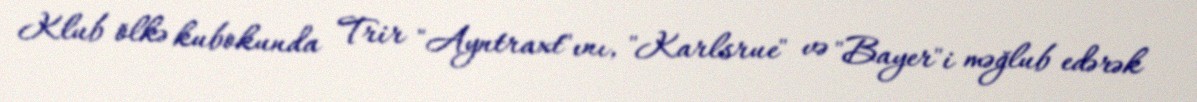
Klub ölkə kubokunda Trir "Ayntraxt"ını, "Karlsrue" və "Bayer"i məğlub edərək